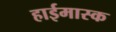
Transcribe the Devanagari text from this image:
हाईमास्क